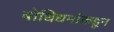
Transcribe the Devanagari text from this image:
बोधिधर्माकडून